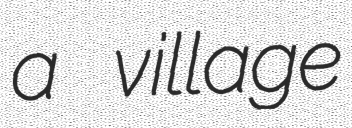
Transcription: a village